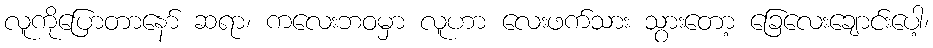
လူကိုပြောတာနော် ဆရာ၊ ကလေးဘဝမှာ လူဟာ လေးဖက်သား သွားတော့ ခြေလေးချောင်းပေါ့၊